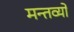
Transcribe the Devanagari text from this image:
मन्तव्यो